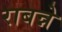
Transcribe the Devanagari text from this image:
राबन्ने